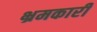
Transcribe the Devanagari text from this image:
भ्रमकारी